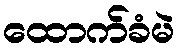
ထောက်ခံမဲ